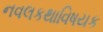
નવલકથાવિષયક